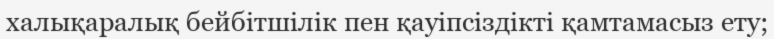
халықаралық бейбітшілік пен қауіпсіздікті қамтамасыз ету;